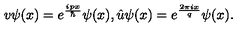
v \psi ( x ) = e ^ { \frac { i p x } { \hbar } } \psi ( x ) , \hat { u } \psi ( x ) = e ^ { \frac { 2 \pi i x } { q } } \psi ( x ) .